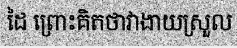
ដៃ ព្រោះគិតថាវាងាយស្រួល